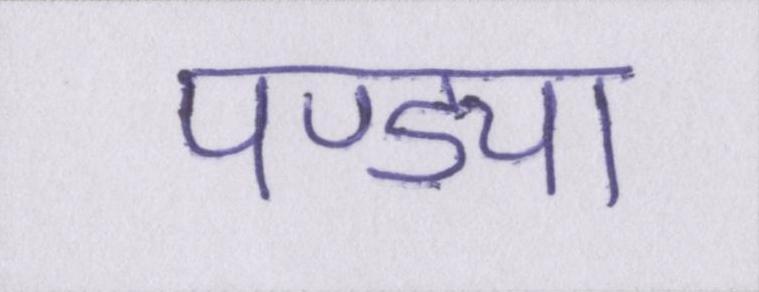
पण्ड्या